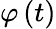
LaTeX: \varphi\left(t\right)